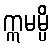
ဣမမ္ပိ